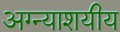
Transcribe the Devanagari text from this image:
अग्न्याशयीय